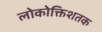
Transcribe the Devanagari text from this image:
लोकोक्तिशतक